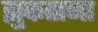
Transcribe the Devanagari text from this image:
झुकताना